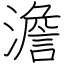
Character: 澹